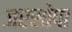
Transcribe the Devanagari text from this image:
जरसोपा